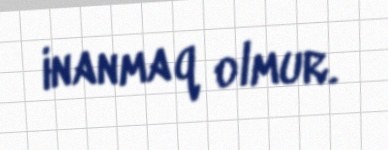
inanmaq olmur.